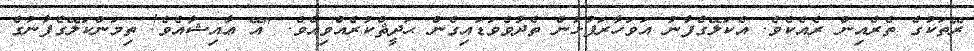
ރޭތަކުގެ ތެރެއިން ރެއެކެވެ. އެކަލޭގެފާނު އަވަހާރަފުޅުން ތެދުވެވަޑައިގެން ޙަދީޘްކުރެއްވިއެވެ. "އޭ ޢާއިޝާއެވެ! ތިމަންކަލޭގެފާނުގެ